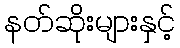
နတ်ဆိုးများနှင့်